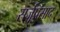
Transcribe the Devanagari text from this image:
सर्जूप्रसाद